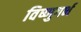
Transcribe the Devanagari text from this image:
विष्णुगर्भ